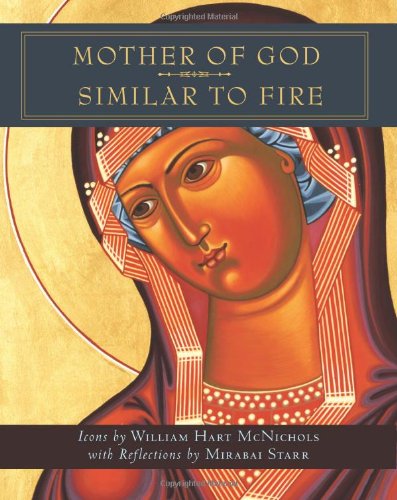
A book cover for Mother of God Similar to Fire; William Hart McNichols; Arts & Photography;